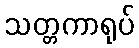
သတ္တကာရုပ်